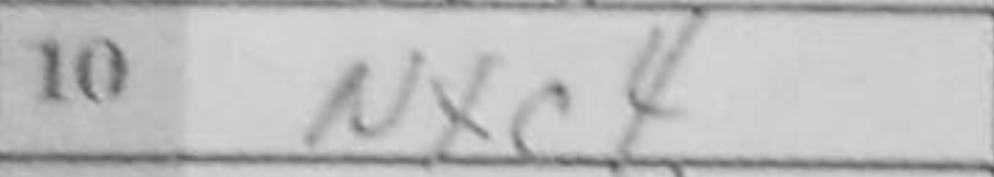
Transcription: Nxc4